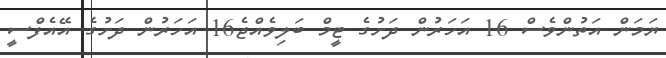
ޔަމަން އަތުންވެސް 16 އަހަރުން ދަށުގެ ޓީމް ބަލިވެއްޖެ16 އަހަރުން ދަށުގެ އޭއެފްސީ